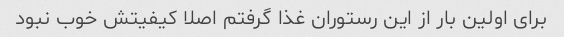
برای اولین بار از این رستوران غذا گرفتم اصلا کیفیتش خوب نبود